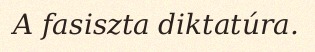
A fasiszta diktatúra.